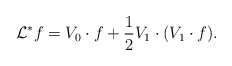
\begin{align*} {\cal L}^{*} f = V_0\cdot f + \frac{1}{2} V_1\cdot (V_1\cdot f). \end{align*}